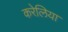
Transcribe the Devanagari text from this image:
करेलिया